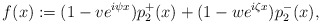
\begin{align*}f(x):=(1-ve^{i\psi x})p_2^+(x)+(1-we^{i\zeta x})p_2^-(x),\end{align*}